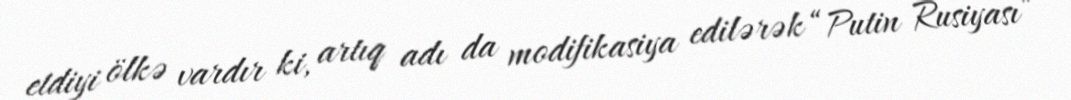
etdiyi ölkə vardır ki, artıq adı da modifikasiya edilərək “Putin Rusiyası”